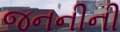
જનનીની